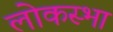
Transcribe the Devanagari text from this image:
लोकस्भा